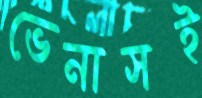
ভেনাসই